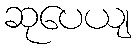
ဆုပေယျ